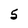
Character: 5